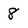
Character: 8